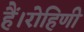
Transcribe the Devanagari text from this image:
हैं।रोहिणी